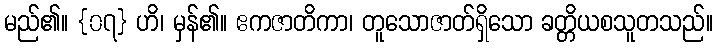
မည်၏။ {၀၇} ဟိ၊ မှန်၏။ ဧကဇာတိကာ၊ တူသောဇာတ်ရှိသော ခတ္တိယစသူတသည်။